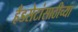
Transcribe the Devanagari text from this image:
हँडसेटांसाठीच्या